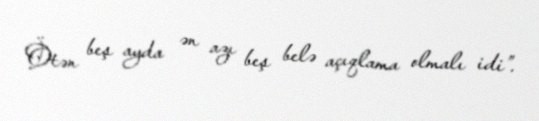
Ötən beş ayda ən azı beş belə açıqlama olmalı idi”.